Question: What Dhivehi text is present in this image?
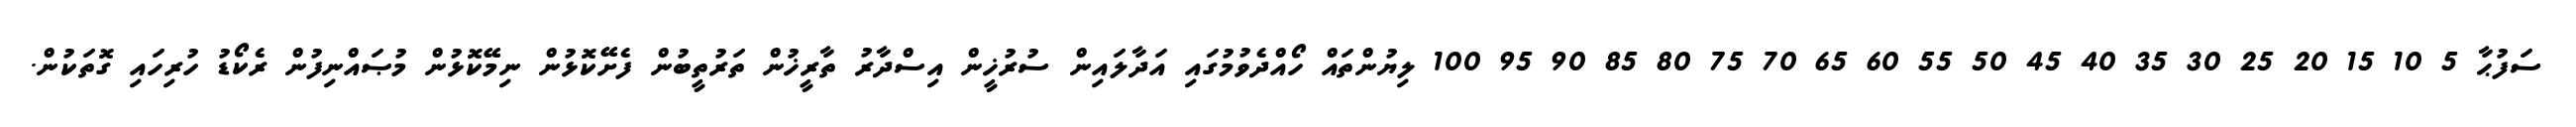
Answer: ސަފުޙާ 5 10 15 20 25 30 35 40 45 50 55 60 65 70 75 80 85 90 95 100 ލިޔުންތައް ހޯއްދެވުމުގައި އަދާލައިން ސުރުޚީން އިސްދާރު ތާރީޚުން ތަރުތީބުން ފެށޭކޮޅުން ނިމޭކޮޅުން މުޞައްނިފުން ރެކޯޑު ހުރިހައި ގޮތަކުން.